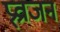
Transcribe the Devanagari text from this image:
प्र्व्राजन